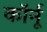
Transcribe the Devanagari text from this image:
कॉर्नू